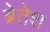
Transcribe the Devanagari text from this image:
ब्रेतेश